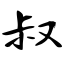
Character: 叔